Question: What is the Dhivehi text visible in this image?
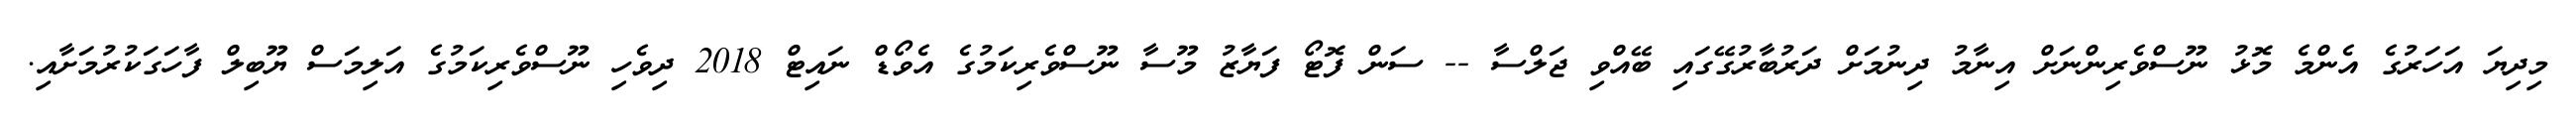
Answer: މިދިޔަ އަހަރުގެ އެންމެ މޮޅު ނޫސްވެރިންނަށް އިނާމު ދިނުމަށް ދަރުބާރުގޭގައި ބޭއްވި ޖަލްސާ -- ސަން ފޮޓޯ ފަޔާޒު މޫސާ ނޫސްވެރިކަމުގެ އެވޯޑް ނައިޓް 2018 ދިވެހި ނޫސްވެރިކަމުގެ އަލިމަސް ޔޫބިލް ފާހަގަކުރުމަށާއި.